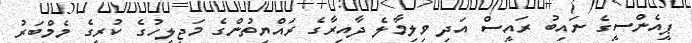
ޕީއެންސީގެ ނައިބު ރައީސް އަދި ވިލިމާލެ ދާއިރާގެ ރައްޔިތުންގެ މަޖިލީހުގެ ކުރީގެ މެމްބަރު